Leaving Certificate Examination (including Day School Certificate (Higher) General paper), 1934
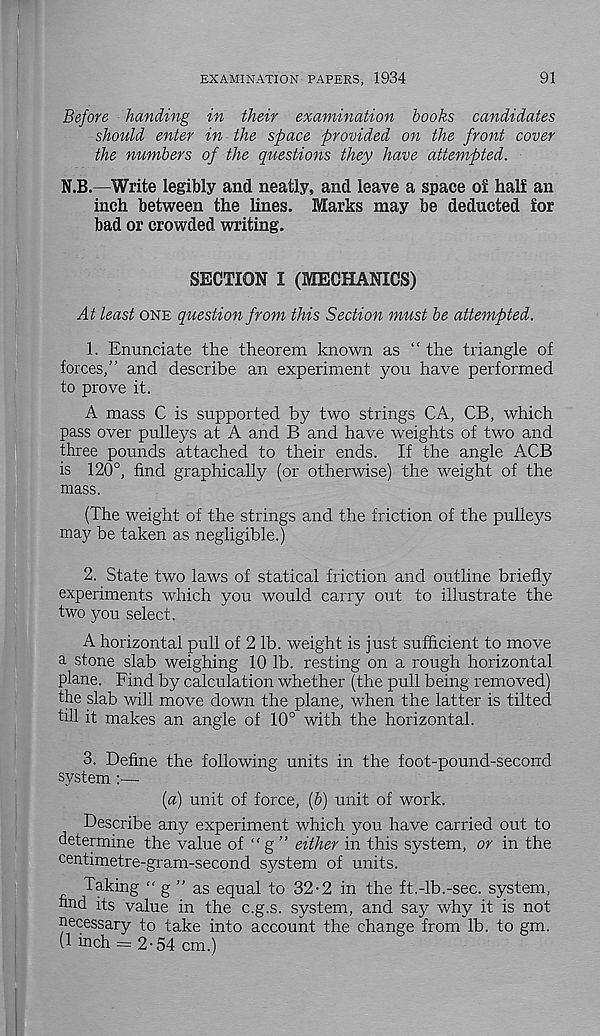
EXAMINATION PAPERS, 1934
91
Before handing in their examination books candidates
should enter in the space provided on the front cover
the numbers of the questions they have attempted.
N.B.—Write legibly and neatly, and leave a space of half an
inch between the lines. Marks may be deducted for
bad or crowded writing.
SECTION I (MECHANICS)
At least one question from this Section must be attempted.
1. Enunciate the theorem known as “ the triangle of
forces,” and describe an experiment you have performed
to prove it.
A mass C is supported by two strings CA, CB, which
pass over pulleys at A and B and have weights of two and
three pounds attached to their ends. If the angle ACB
is 120°, find graphically (or otherwise) the weight of the
mass.
(The weight of the strings and the friction of the pulleys
may be taken as negligible.)
2. State two laws of statical friction and outline briefly
experiments which you would carry out to illustrate the
two you select.
A horizontal pull of 2 lb. weight is just sufficient to move
a stone slab weighing 10 lb. resting on a rough horizontal
plane. Find by calculation whether (the pull being removed)
the slab will move down the plane, when the latter is tilted
till it makes an angle of 10° with the horizontal.
3. Define the following units in the foot-pound-second
system
{a) unit of force, (6) unit of work.
Describe any experiment which you have carried out to
determine the value of “ g ” either in this system, or in the
centimetre-gram-second system of units.
Taking “ g ” as equal to 32-2 in the ft.-lb.-sec. system,
find its value in the c.g.s. system, and say why it is not
necessary to take into account the change from lb. to gm.
(1 inch = 2-54 cm.)